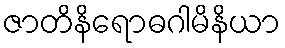
ဇာတိနိရောဓဂါမိနိယာ